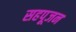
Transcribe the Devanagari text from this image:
सहपूजन